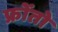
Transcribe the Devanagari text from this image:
फ्रोंतो